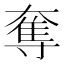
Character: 奪